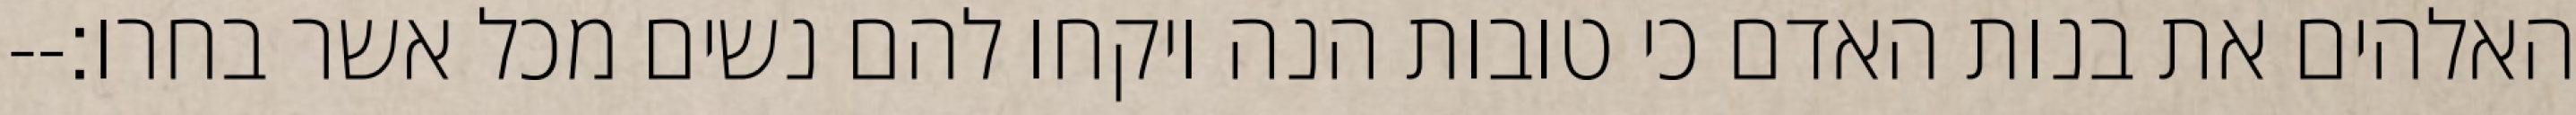
האלהים את בנות האדם כי טובות הנה ויקחו להם נשים מכל אשר בחרו׃--